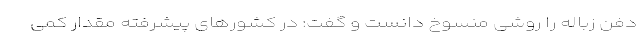
دفن زباله را روشی منسوخ دانست و گفت: در کشورهای پیشرفته مقدار کمی